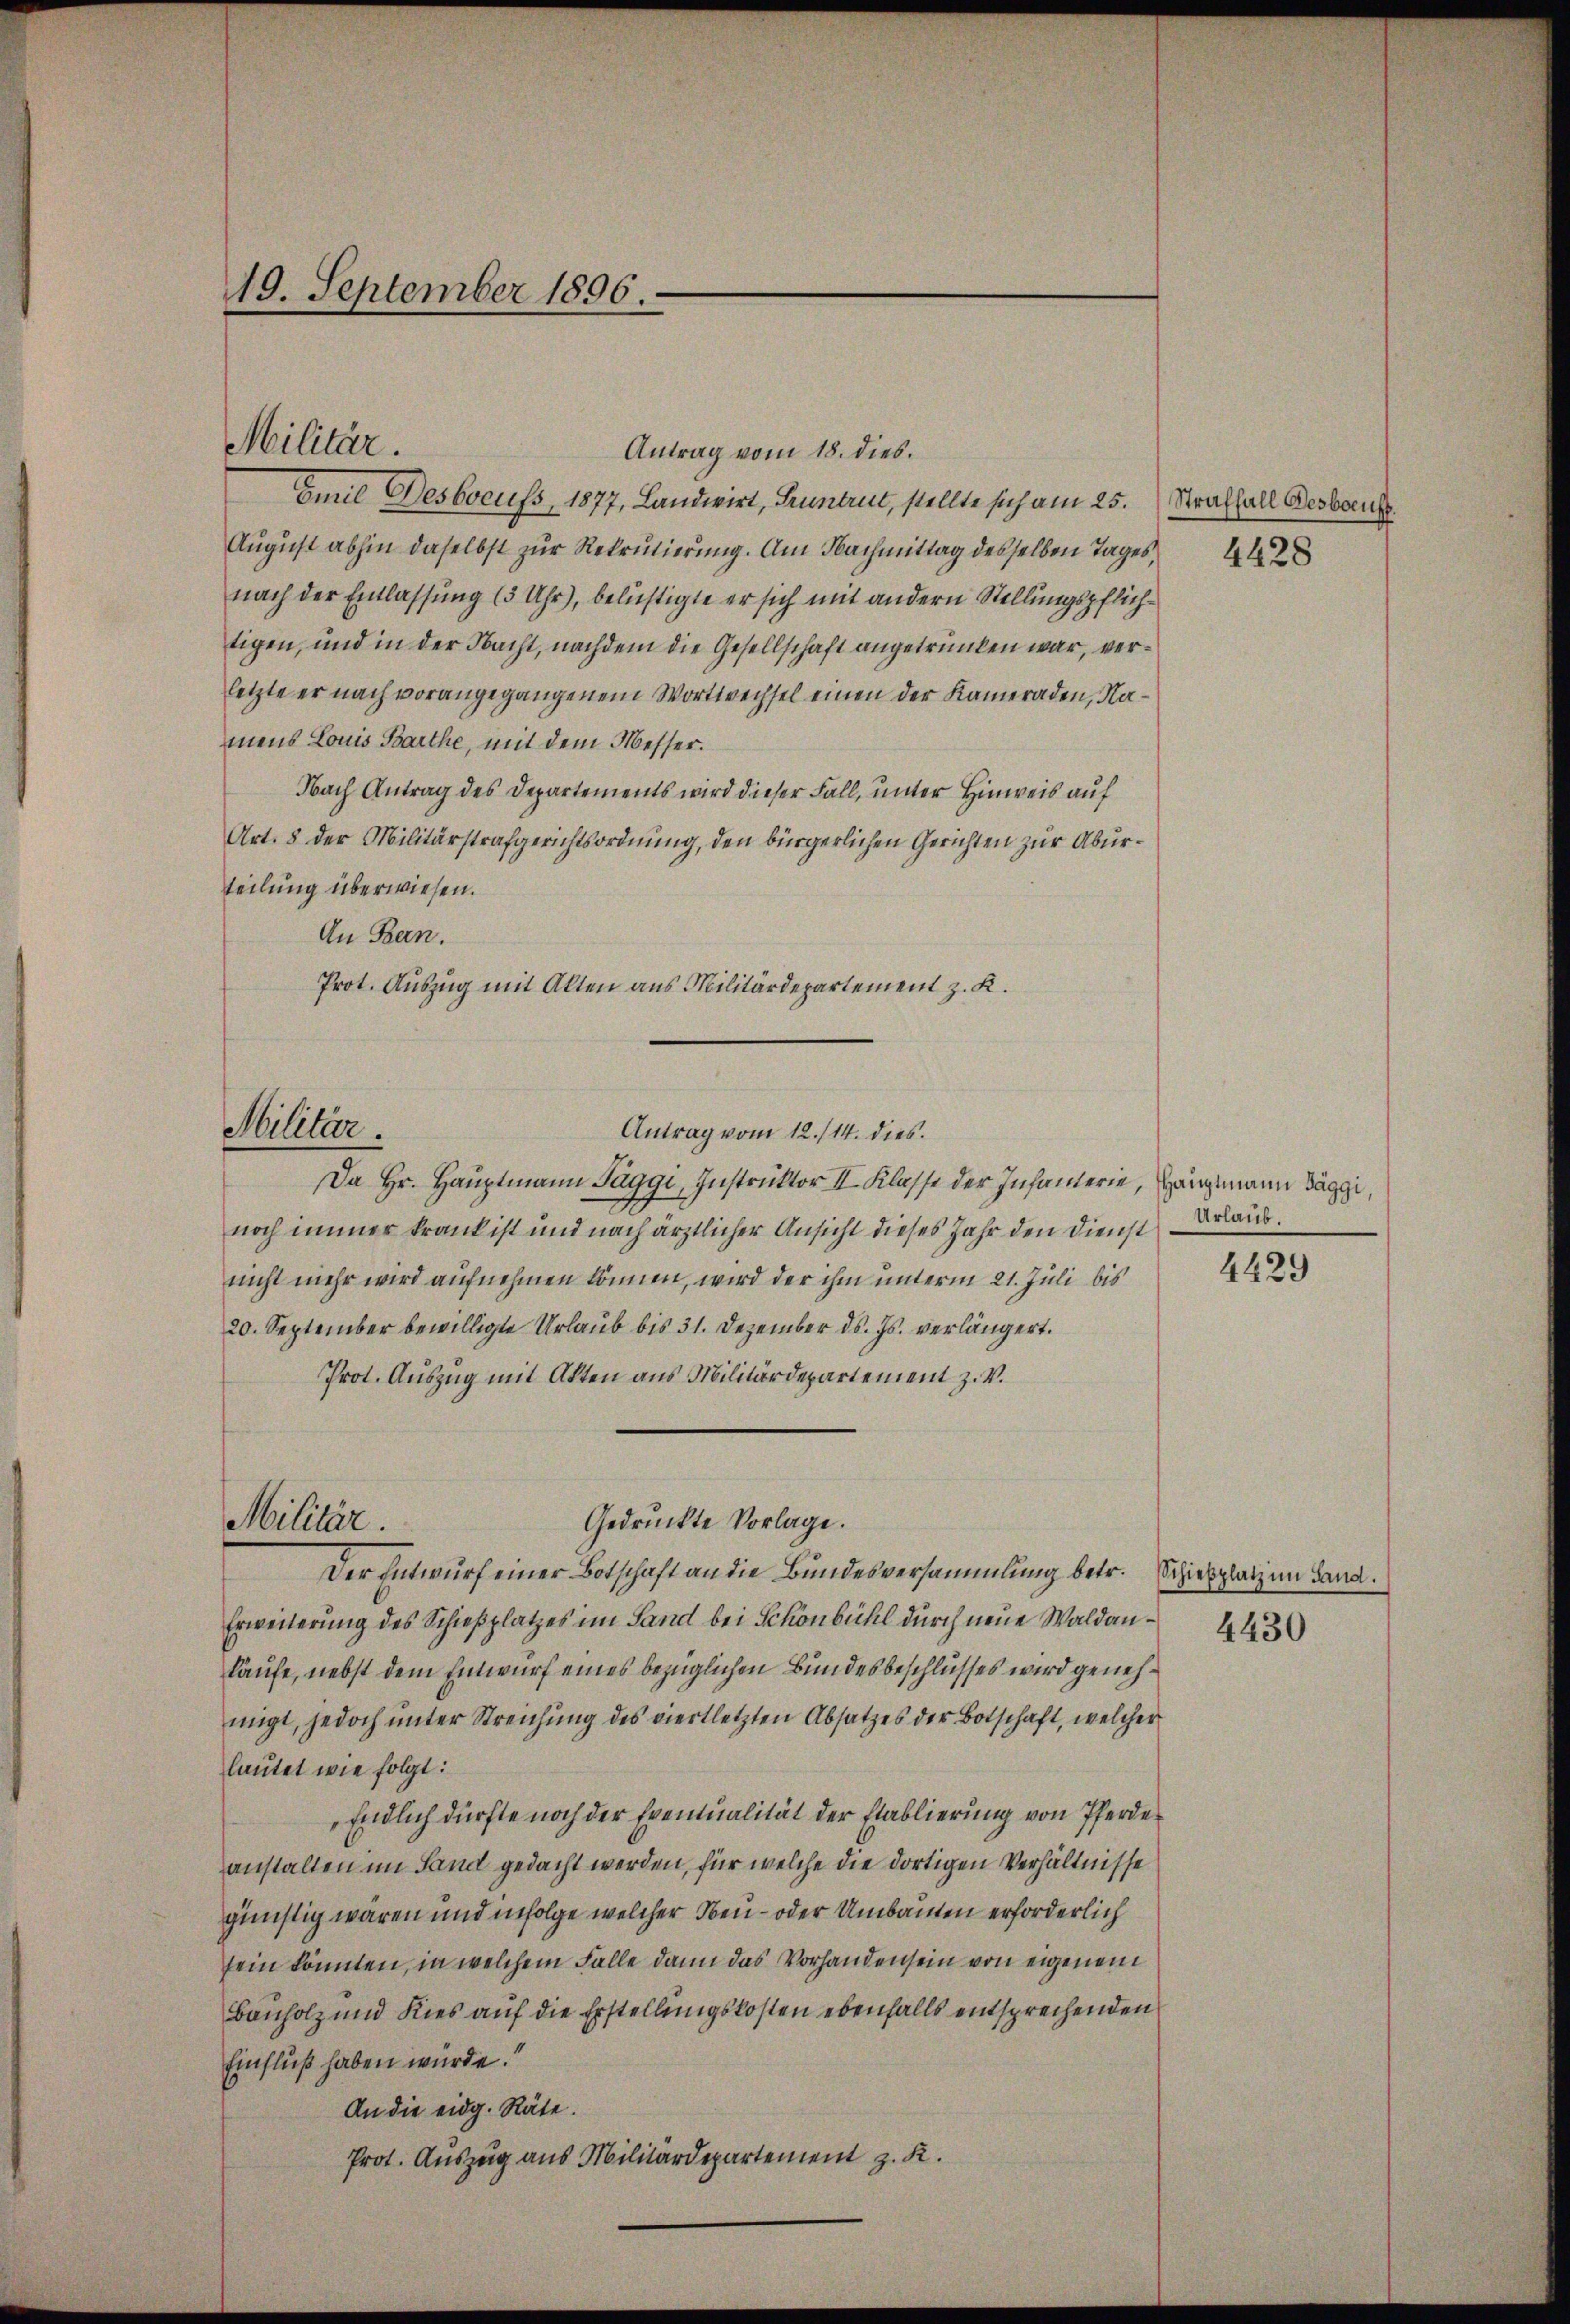
19. September 1896.

Antrag vom 18. dies.
Emil Desboeuss, 1877, Landwirt, Pruntrut, stellte sich am 25. Straffall Besbocus
August abhin daselbst zur Rekrutierung. Am Nachmittag desselben Tages
nach der Entlassung (3 Uhr), belustigte er sich mit andern Stellungspflichtigen, und in der Nacht, nachdem die Gesellschaft angetrunken war, verletzte er nach vorangegangenem Wortwechsel einen der Kameraden, Namens Louis Barthe, mit dem Messer.
Nach Antrag des Departements wird dieser Fall, unter Hinweis auf
Art. 8 der Militärstrafgerichtsordnung, den bürgerlichen Gerichten zur Aburteilung überwiesen.
An Bern.
Prot. Auszug mit Akten aus Militärdepartement z. K.

Militär.

Militär.

Militär.

Antrag vom 12./14. dies

Da Hr. Hauptmann Taggi, Instruktor II. Klasse der Infanterie, Hangmann Baggi,
noch immer krank ist und nach ärztlicher Ansicht dieses Jahr den Dienst Urlaub.
nicht mehr wird aufnehmen können, wird der ihm unterm 21. Juli bis
20. September bewilligte Urlaub bis 31. Dezember d. Js. verlängert.
Prot. Auszug mit Akten aus Militärdepartement z. V.
Der Entwurf einer Botschaft an die Bundesversammlung betr. Schießplatz im Land¬
Erweiterung des Schießplatzes im Sand bei Schönbühl durch neue Waldankäufe, nebst dem Entwurf eines bezüglichen Bundesbeschlusses wird genehmigt, jedoch unter Streichung des viertletzten Absatzes der Botschaft, welcher
lautet wie folgt:
Endlich dürfte noch der Eventualität der Etablierung von Pferde
anstalten im Land gedacht werden, für welche die dortigen Verhältnisse
günstig waren und infolge welcher Neu- oder Umbauten erforderlich
sein könnten, in welchem Falle dann das Vorhanden sein von eigenem
Bauholz und Kies auf die Erstellungskosten ebenfalls entsprechenden
Einfluß haben würde.“
An die eidg. Räte.
Prot. Auszug aus Militärdepartement z. R.

Gedruckte Vorlage.

4428

4429

4430